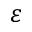
\varepsilon